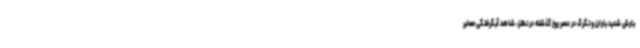
بارش شدید باران و تگرگ در عصر روز گذشته در نطنز، شاهد آبگرفتگی معابر